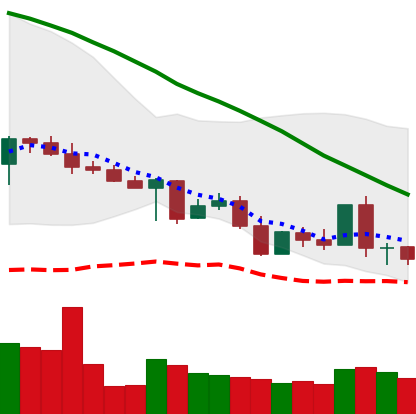
Ticker: XLM-USD
Chart end date: 2022-05-07
Forward return: -27.869%
Label: down_7plus